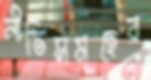
নীতিসমূহের